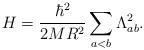
LaTeX: \begin{align*}H = \frac{\hbar^2}{2 M R^2}\sum_{a < b} \Lambda_{a b}^2.\end{align*}